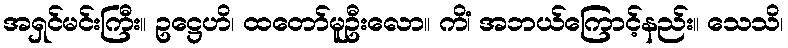
အရှင်မင်းကြီး။ ဥဋ္ဌေဟိ၊ ထတော်မူဦးလော။ ကိံ၊ အဘယ်ကြောင့်နည်း။ သေသိ၊